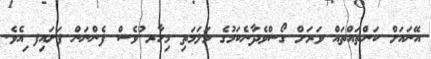
އޭނައަށް ކަންތައްތައް ވަރަށް ގޯސްވެދާނެކަމުގެ މަލަމަތި މިހާރ ުވެސް ފެންނަން ފަށައިފ ިއެވެ.